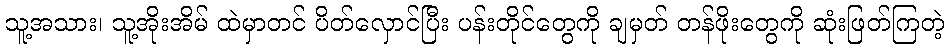
သူ့အသား၊ သူ့အိုးအိမ် ထဲမှာတင် ပိတ်လှောင်ပြီး ပန်းတိုင်တွေကို ချမှတ် တန်ဖိုးတွေကို ဆုံးဖြတ်ကြတဲ့